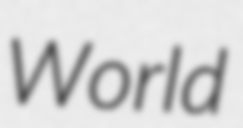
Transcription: World